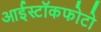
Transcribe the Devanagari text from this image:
आईस्टॉकफोटो